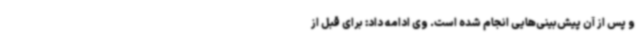
و پس از آن پیش‌بینی‌هایی انجام شده است. وی ادامه داد: برای قبل از